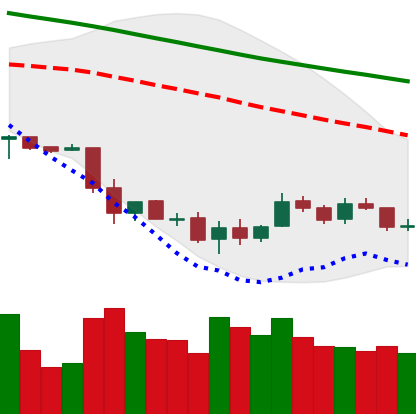
Ticker: LTC-USD
Chart end date: 2018-12-04
Forward return: -16.799%
Label: down_7plus